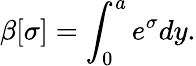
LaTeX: \beta[\sigma]=\int_{0}^{a}e^{\sigma}dy.